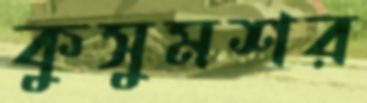
কুসুমশর